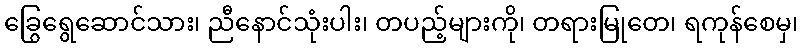
ခြွေရွေဆောင်သား၊ ညီနောင်သုံးပါး၊ တပည့်များကို၊ တရားမြုတေ၊ ရကုန်စေမှ၊